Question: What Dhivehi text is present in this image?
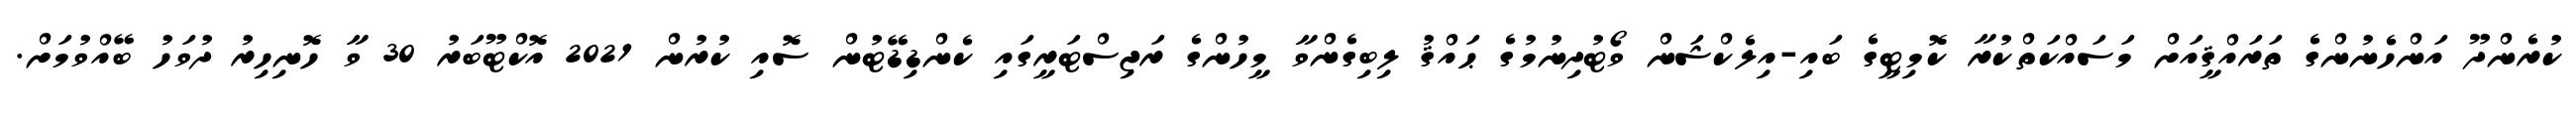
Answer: ކުރެންދޫ އަންހެނުންގެ ތަރައްޤީއަށް މަސައްކަތްކުރާ ކޮމިޓީގެ ބައި-އިލެކްޝަން ވޯޓުދިނުމުގެ ޙައްޤު ލިބިގެންވާ މީހުންގެ ރަޖިސްޓަރީގައި ކެންޑިޑޭޓުން ސޮއި ކުރުން 2021 އޮކްޓޫބަރު 30 ވާ ހޮނިހިރު ދުވަހު ބޭއްވުމަށް.